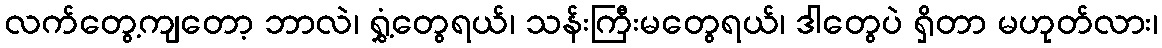
လက်တွေ့ကျတော့ ဘာလဲ၊ ရွှံ့တွေရယ်၊ သန်းကြီးမတွေရယ်၊ ဒါတွေပဲ ရှိတာ မဟုတ်လား၊